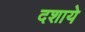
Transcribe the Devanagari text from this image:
दशाये